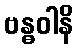
ဗန္ဓဝါနိ